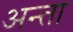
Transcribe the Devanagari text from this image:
अन्ता